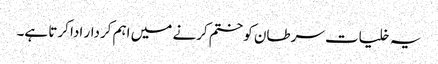
یہ خلیات سرطان کو ختم کرنے میں اہم کردار ادا کرتا ہے۔